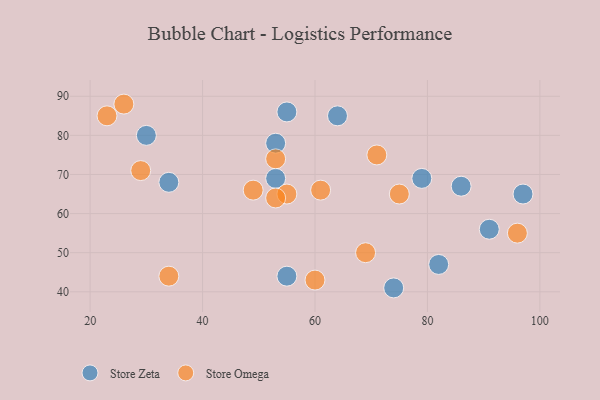
{"axis": {"x": "GDP", "y": "Life Expectancy"}, "legend": ["Store Omega", "Store Zeta"], "data": [{"x": "91", "y": 56, "type": "Store Zeta"}, {"x": "86", "y": 67, "type": "Store Zeta"}, {"x": "34", "y": 68, "type": "Store Zeta"}, {"x": "30", "y": 80, "type": "Store Zeta"}, {"x": "55", "y": 86, "type": "Store Zeta"}, {"x": "79", "y": 69, "type": "Store Zeta"}, {"x": "55", "y": 44, "type": "Store Zeta"}, {"x": "64", "y": 85, "type": "Store Zeta"}, {"x": "97", "y": 65, "type": "Store Zeta"}, {"x": "74", "y": 41, "type": "Store Zeta"}, {"x": "53", "y": 78, "type": "Store Zeta"}, {"x": "53", "y": 69, "type": "Store Zeta"}, {"x": "82", "y": 47, "type": "Store Zeta"}, {"x": "96", "y": 55, "type": "Store Omega"}, {"x": "69", "y": 50, "type": "Store Omega"}, {"x": "75", "y": 65, "type": "Store Omega"}, {"x": "53", "y": 74, "type": "Store Omega"}, {"x": "55", "y": 65, "type": "Store Omega"}, {"x": "53", "y": 64, "type": "Store Omega"}, {"x": "60", "y": 43, "type": "Store Omega"}, {"x": "71", "y": 75, "type": "Store Omega"}, {"x": "49", "y": 66, "type": "Store Omega"}, {"x": "29", "y": 71, "type": "Store Omega"}, {"x": "61", "y": 66, "type": "Store Omega"}, {"x": "34", "y": 44, "type": "Store Omega"}, {"x": "26", "y": 88, "type": "Store Omega"}, {"x": "23", "y": 85, "type": "Store Omega"}]}